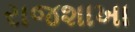
રાજશાખા